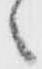
へ